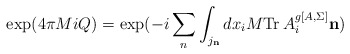
\begin{align*}{\rm exp}(4\pi M i Q) = {\rm exp}(-i\sum_{n} \int_{j_{{\bf n}}}d x_i M {\rm Tr}\, A^{g[A,\Sigma]}_{i} {\bf n})\end{align*}